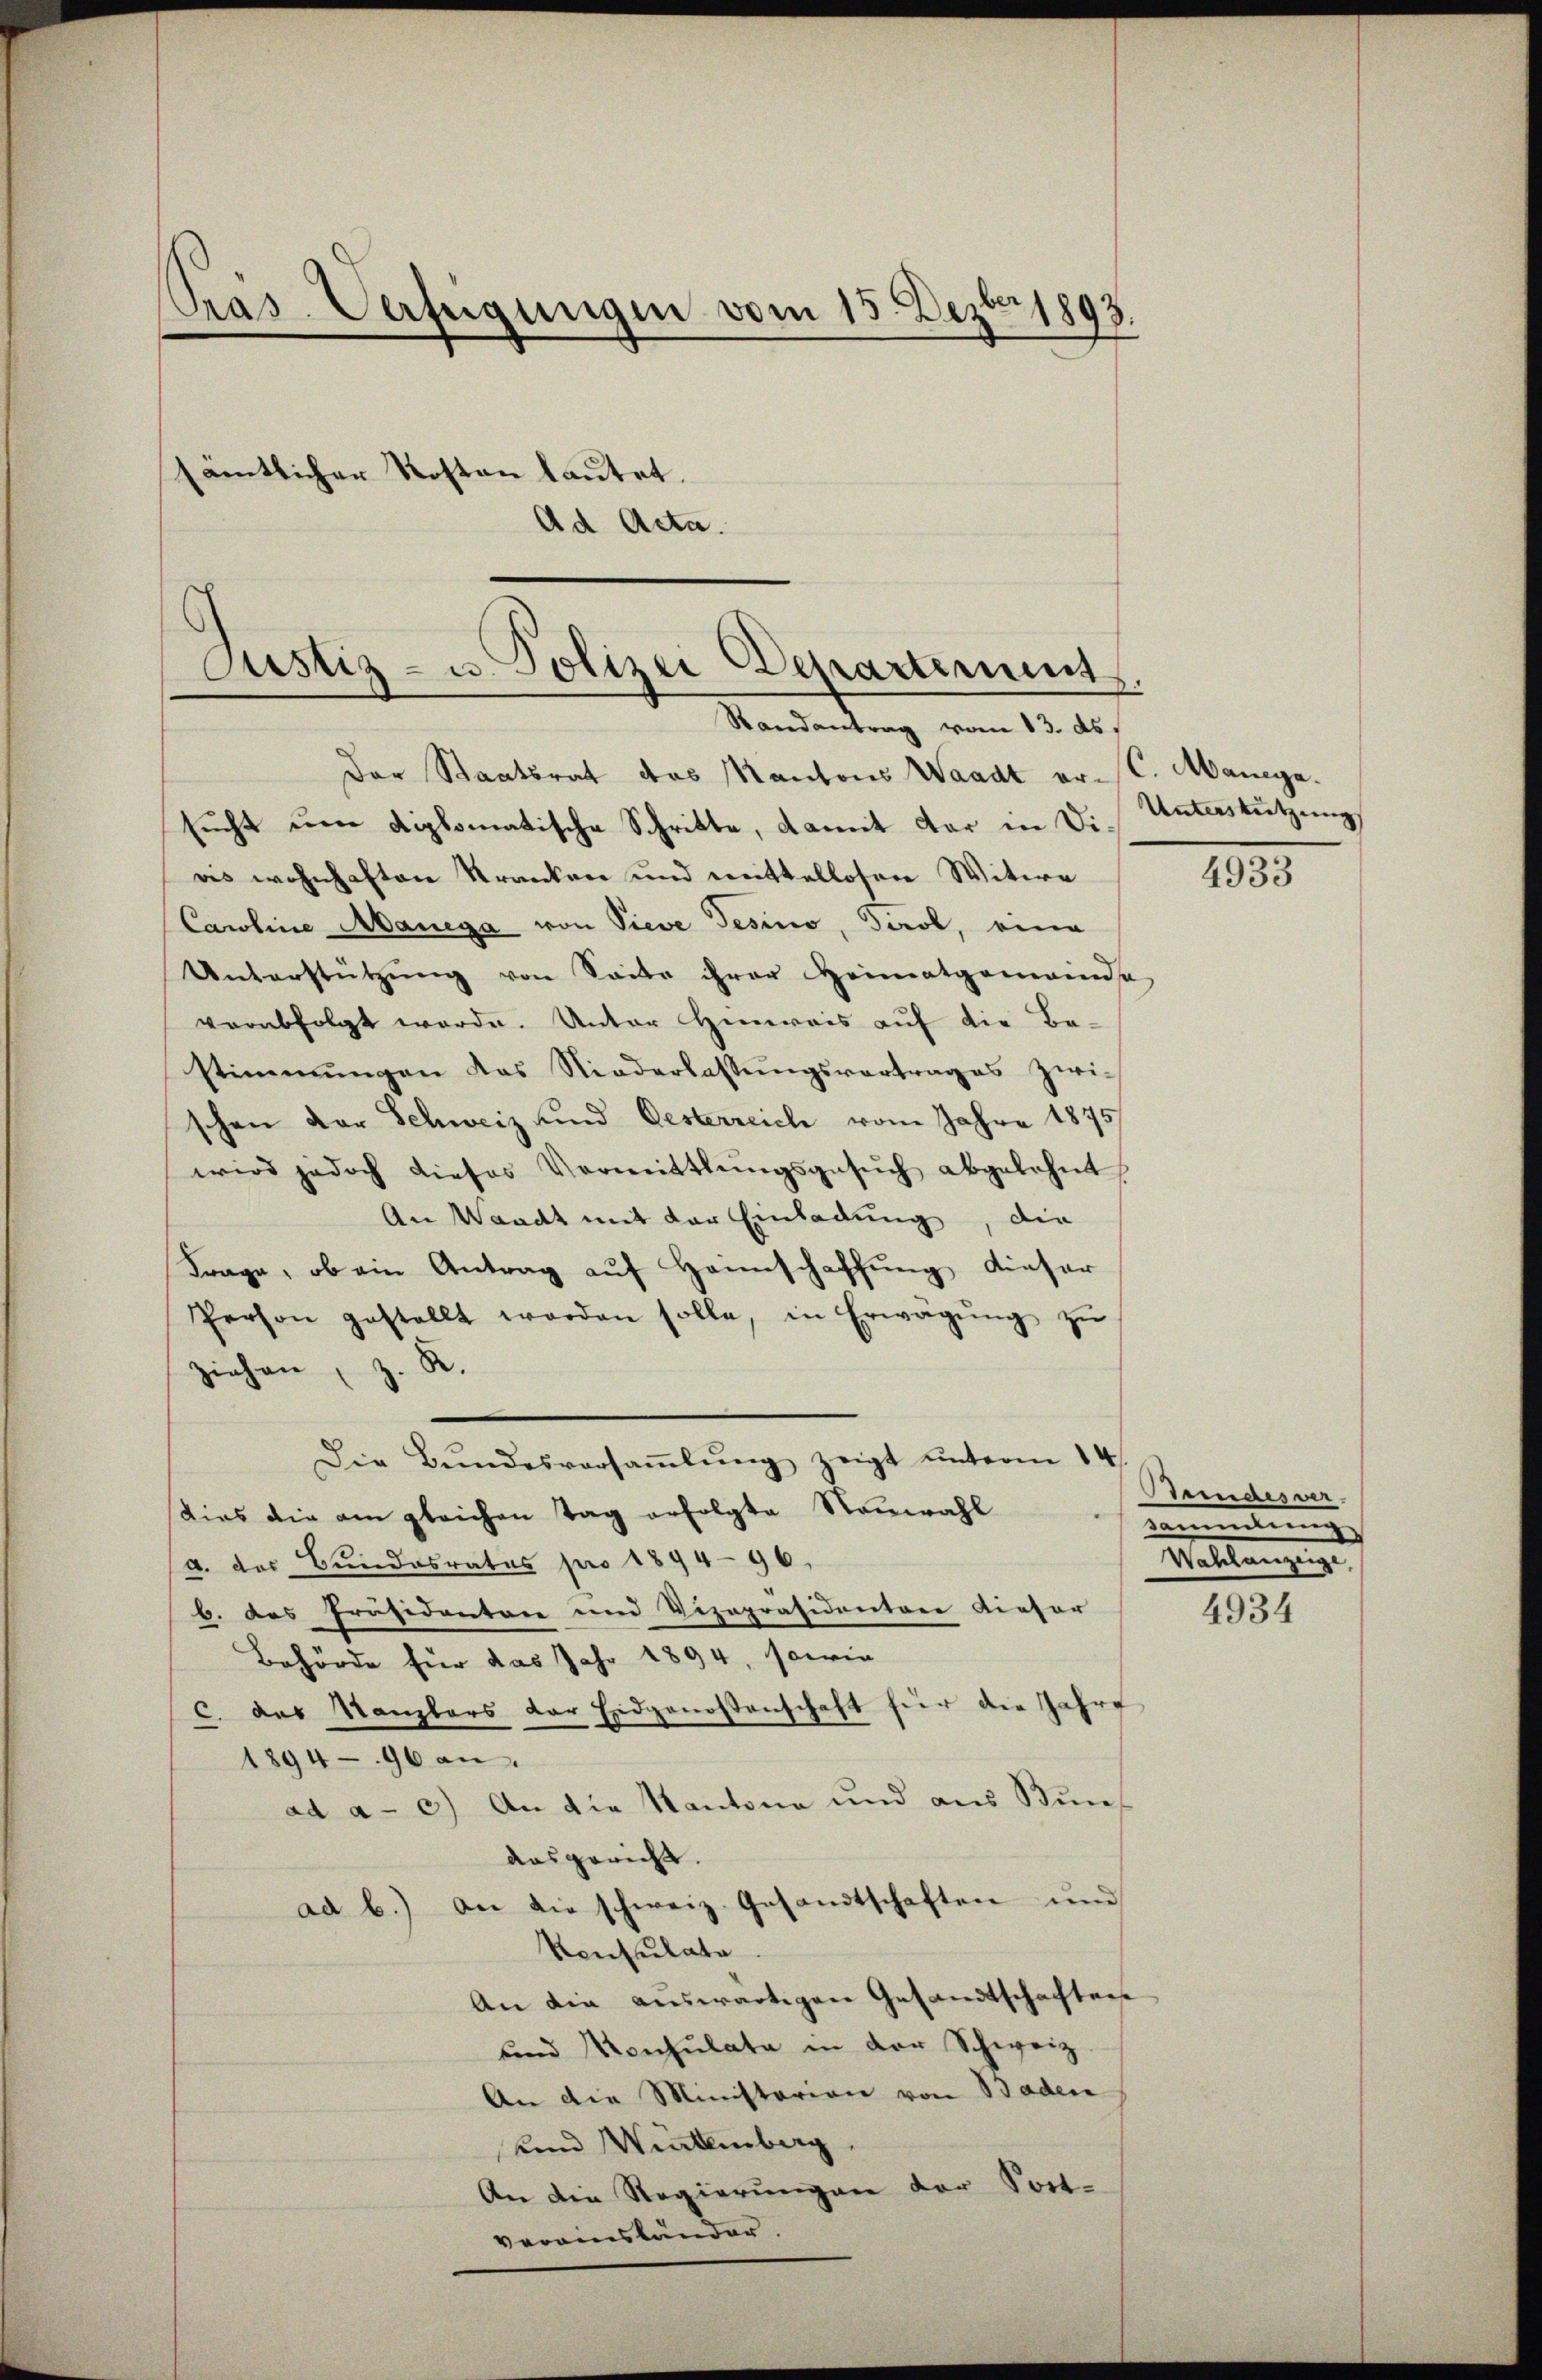
Pras. Verfügungen vom 15. Dezbr. 1893.
sämtlicher Kosten lautet.
Ad Acta.
Justiz- u. Polizei Departement

Randantrag vom 13. ds.

Der Staatsrat das Mantons Waadt er-C. Manega
sucht une diplomatische Schritte, damit der in Dias wohnhaften Kranken und mittellosen Witwe
Carline Manega von Sieve Gesino, Tirol, eine
Unterstützŭng von Seite ihrer Heimatgemeinde
verabfolgt werde. Unter Hinweis auf die Be-
stimmungen das Niederlassŭngsvertrages zwi-
schen Dor Schweiz und Gesterreich vom Jahre 1875
wird jedoch dieses Vermittlungsgesŭch abgelehnt
An Waadt mit der Einladung, die
Frage, ob ein Antrag auf Hannschaffung dieser
Person gestellt worden solle, in Erwägŭng zŭ
ziehen, z. R.
Die Bŭndesversaṁlŭng zeigt unterm 14
dias die am gleichen Tag erfolgte Neuwahl
a. des Bundesrates pro 1894—96.
b. das Präsidentare und Vizepräsidentare Liefer
Behörde für das Jahr 1894, sowie
c. das Tanzbars der Eidgenossenschaft für die Jahre
1894-96 an
ad a. c.) An die Kantone und aus Bunaasgericht.
ad b.) an die schweiz. Gesandtschaften und
Konsulate
An die auswärtigen Gesandtschaften
und Konsulate in der Schweiz.
An die Ministerien von Baden
und Winterberg,
An die Regierungen der Fort-
veranständer.

Unterstützung

4933

Dermasser.
Bereiterung
eslangung

4934